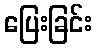
ပြေးခြင်း